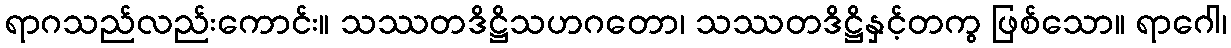
ရာဂသည်လည်းကောင်း။ သဿတဒိဋ္ဌိသဟဂတော၊ သဿတဒိဋ္ဌိနှင့်တကွ ဖြစ်သော။ ရာဂေါ၊